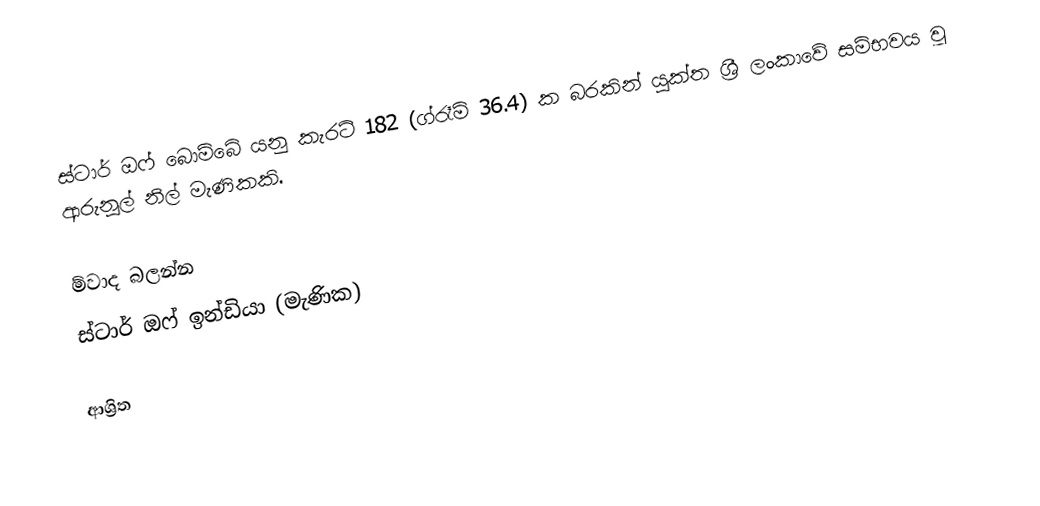
ස්ටාර් ඔෆ් බොම්බේ යනු කැරට් 182 (ග්රෑම් 36.4) ක බරකින් යුක්ත ශ්‍රී ලංකාවේ සම්භවය වූ ආරුනූල් නිල් මැණිකකි.

ම්වාද බලන්න
ස්ටාර් ඔෆ් ඉන්ඩියා (මැණික)‎

ආශ්‍රිත